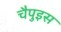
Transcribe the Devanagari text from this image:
चैपुइस